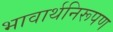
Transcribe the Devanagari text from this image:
भावार्थनिरूपण